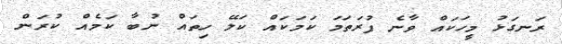
ރަނގަޅު މީހަކައް ވާނެ ފުރަތަމަ ކަމަކައް ކަލޭ ހިތައް ނުބާ ކަމެއް ކުރަން